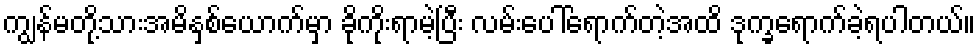
ကျွန်မတို့သားအမိနှစ်ယောက်မှာ ခိုကိုးရာမဲ့ပြီး လမ်းပေါ်ရောက်တဲ့အထိ ဒုက္ခရောက်ခဲ့ရပါတယ်။